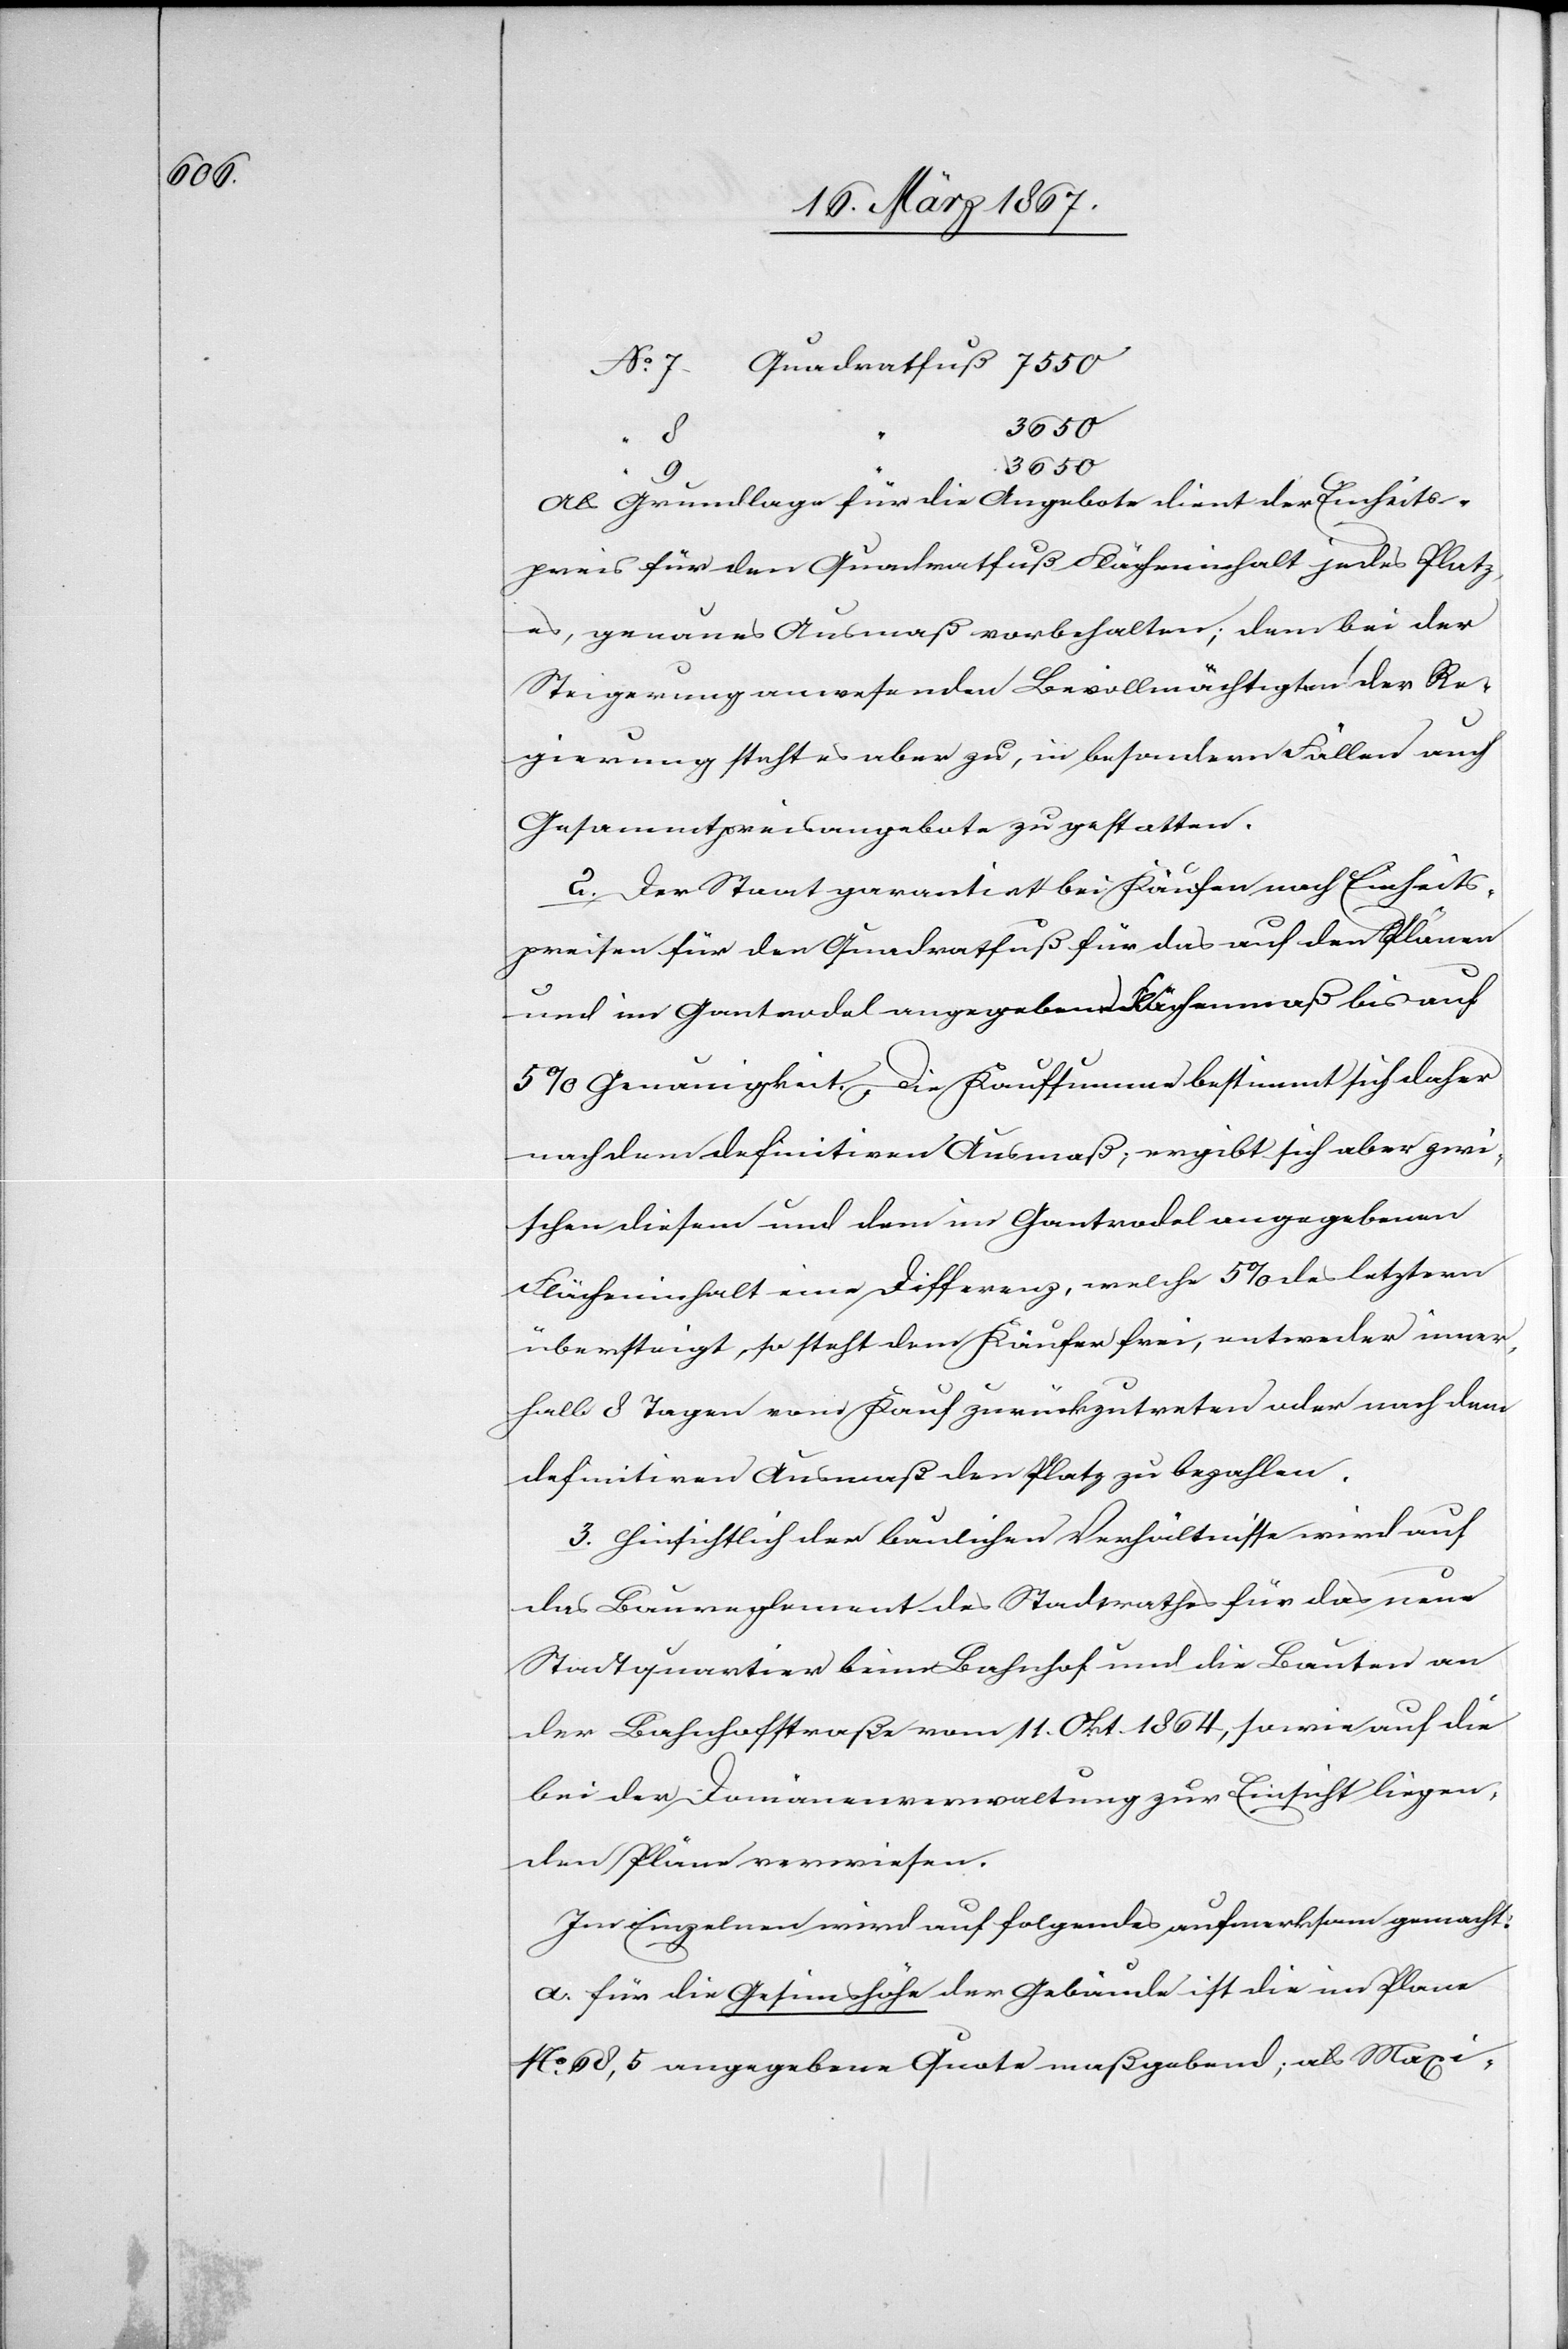
No. 7
3650
9
Als Grundlage für die Angebote dient der Einheits¬
preis für den Quadratfuß Flächeninhalt jedes Platz¬
es, genaues Ausmaß vorbehalten; dem bei der
Steigerung anwesenden Bevollmächtigten der Re¬
gierung steht es aber zu, in besonderen Fällen auch
Gesammtpreisangebote zu gestatten.
2. Der Staat garantirt bei Käufen nach Einheits¬
preisen für den Quadratfuß für das auf den Plänen
und im Gantrodel angegebene Flächenmaß bis auf
5% Genauigkeit. Die Kaufsumme bestimmt sich daher
nach dem definitiven Ausmaß; ergibt sich aber zwi¬
schen diesem und dem im Gantrodel angegebenen
Flächeninhalt eine Differenz, welche 5% des letztern
übersteigt, so steht dem Käufer frei, entweder inner¬
halb 8 Tagen vom Kauf zurückzutreten oder nach dem
definitiven Ausmaß den Platz zu bezahlen.
3. Hinsichtlich der baulichen Verhältnisse wird auf
das Baureglement des Stadtrathes für das neue
Stadtquartier beim Bahnhof und die Bauten an
der Bahnhofstraße vom 11. Okt. 1864, sowie auf die
bei der Domänenverwaltung zur Einsicht liegen¬
den Pläne verwiesen.
Im Einzelnen wird auf folgendes aufmerksam gemacht:
a.	für die Gesimshöhe der Gebäude ist die im Plane
No. 68,5 angegebene Quote maßgebend; als Maxi-